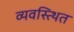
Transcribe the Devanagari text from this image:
व्यवस्त्थित